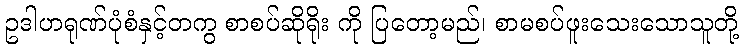
ဥဒါဟရုဏ်ပုံစံနှင့်တကွ စာစပ်ဆိုရိုး ကို ပြတော့မည်၊ စာမစပ်ဖူးသေးသောသူတို့